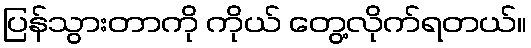
ပြန်သွားတာကို ကိုယ် တွေ့လိုက်ရတယ်။